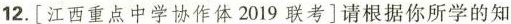
12.[江西重点中学协作体2019联考]请根据你所学的知